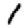
Digit: 1